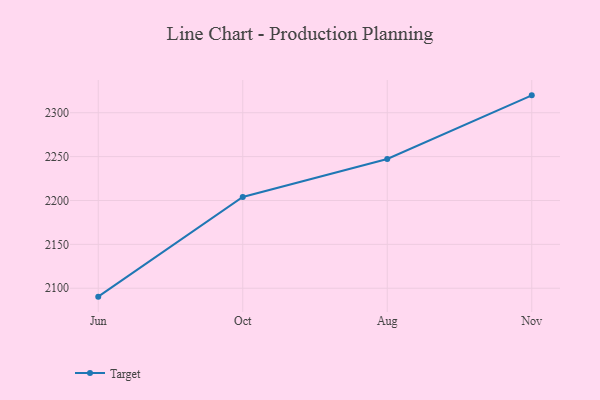
{"axis": {"x": "Month", "y": "Population (Million)"}, "legend": ["Target"], "data": [{"x": "Jun", "y": 2090.4, "type": "Target"}, {"x": "Oct", "y": 2204.0, "type": "Target"}, {"x": "Aug", "y": 2247.3, "type": "Target"}, {"x": "Nov", "y": 2319.8, "type": "Target"}]}